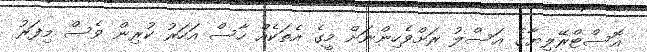
އޮސްޓްރޭލިޔާގެ އަސްލު ރަށްވެހިންނަށް މީގެ އެތަކެއް ހާސް އަހަރު ކުރިން ވެސް މިފަރު